Leaving Certificate Examination, 1907
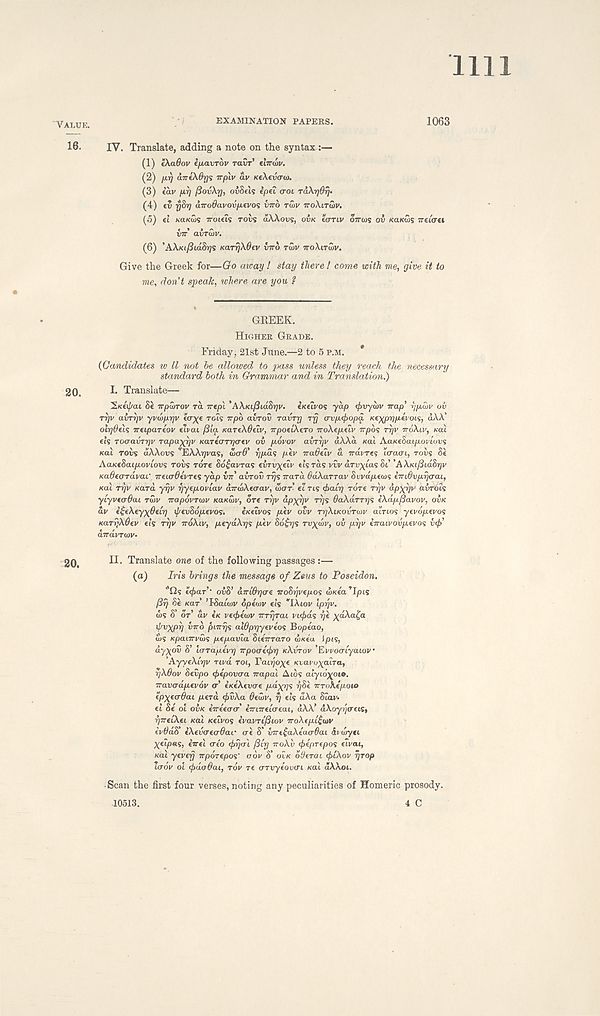
1111
VALUE.
EXAMINATION PAPEKS.
1063
16.
XV. Translate, adding a note on the syntax :—
(1) eXadov IfiavTov ravr' elmov.
(2) furj airt\8r]s irplv av KeXevcru).
(3) iav p.7] fiovXr], ovSeis ip el croi raXrjOrj-
(4) tv yBr/ aTrodavovfj.tvo'i VTTO TWV TTOXITWV.
(5) ti KaK(x)<; Troiets rovs aXXovs, OVK tcrriv OTTCOS OV KUKCIS irtiati
iir avrwv.
(6) ’AA/ci/SidS^s KarrjXdtv VTTO TW TTOXITSV.
Give the Greek for—Go away ! stay there l come with me, give it to
me, don’t speak, where are you ?
GREEK.
HIGHEK GEADE.
Friday, 21st June.—2 to 5 P.M.
*
{Candidates w ll not be allowed to pass unless they reach the necessary
standard both in Grammar and in Translation.)
20.
I. Translate—
’^Ktij/ai Be irpurrov ra irep\ ’AXfcijStdS^v. eKeivos yap tfrvywv nap’ rjjxwv ov
rrjv avrrjv yvdtpyjv «r^e rots npb avrov ravry rfj orvp.(j)opa Ke)(pr)p.tvoc<s, dAA
olrjOels treipaTtov eivai fi'ia. KareXOtiv, irpotlXtro TroXtp.tiv irpbs ryv voXiv, sal
eh TOcravTrjv rapa^rjv KaTearqatv ov povov avryv aXXa Kal AaKeSaipovlov^
Kal TOPS dAAovs ^EAAijvas, S)<T6' f]p.a<; pev naOtiv a irdvres tcratri, rovs Si
AaKeBaipoviovs rovs Tore 86£avras evTvxdv tls ras vvv arvxias Bi" ’AXiafiidBrjv
KaOtardvaC TTticrdtvTts yap in' avrov rrjs nara daXarrav Bwapetos emOvprjarai,
Kal ryv Kara yrjv yytpovlav dnwXecrav, WOT el ns (hair] rare rrjv dp^yv avrdis
ylyvtcrdai TWV napovrwv KOKOIV, ore rrjv dpxpv rrjs OaXdrrrjs iXdp jiavov, OVK
av i£tXeyxdelr] {j/evB6pevos.
eKeivos pev ovv rrjXiKovrutv airtos yevopevos
KaryXQev eh rrjv noXiv, peydXys ptv B6£rjS TV^WV, OV pyv tnaivovpevos v<f>
anavrwv-
20
II• Translate one of the following passages :—
(a)
Iris brings the message of Zeus to Poseidon.
‘{is tx^ar’ - ovS’ aniOrjae noBqvepos wKea’Ipts
[iy Be KUT ’I-Satwv opewv eh *IAiov Iprjv.
ws S’ or av tK v€(f>ewv myrai vapds r/e ^dAa^a
il/vxprj vnb pinys aWprjyeveos Bopeao,
ws xpatTrvws pepavia Biinraro wKta \pis,
dyxov S’ Urrapevr] npoaetbrj KXVTOV ’Evvootyatov’
'AyyeXiyv rivd roi, Fatryo^e Kvavo^atra,
yXOov Bevpo tpepovoa napal Atos atyto^ot®.
navadpevov o’ tKtXtvae payps rjBt nroXepow
tpXea-6aL per a (f>vXa 6ewv, rj eh dXa olav.
el Be ol OVK in tea a imnelaeai, dAA’ dXoyrjacts,
rjTrelXeL Kal Ktlvos evavrtfSiov noXepL^mv
ivOdB’ iXevaeaOac at S' vnt£aXeaa6ai ii dyti
Xtipas, enel aeo <j>r)al (3lrj noXv tfreprepos eivai,
KGLL ytvefj nporepos" adv S’ OVK dOtrai <f>lXov Tjrop
ladv ol <f>do8at, rov re arvyeovai sal dXXoi.
Scan the first four verses, noting any peculiarities of Homeric prosody.
10513.
4 C